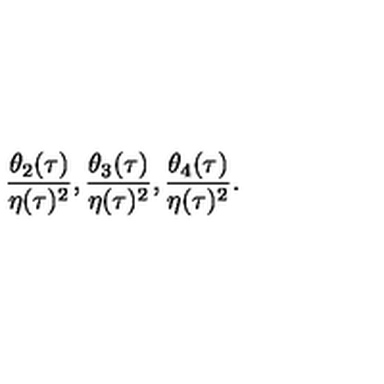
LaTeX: \frac { \theta _ { 2 } ( \tau ) } { \eta ( \tau ) ^ { 2 } } , \frac { \theta _ { 3 } ( \tau ) } { \eta ( \tau ) ^ { 2 } } , \frac { \theta _ { 4 } ( \tau ) } { \eta ( \tau ) ^ { 2 } } .